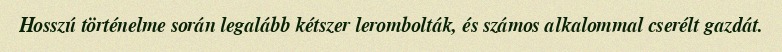
Hosszú történelme során legalább kétszer lerombolták, és számos alkalommal cserélt gazdát.